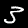
Label: 3